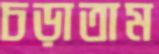
চড়াতাম